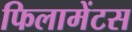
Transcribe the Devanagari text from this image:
फिलामेंटस